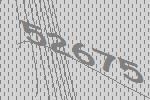
52675